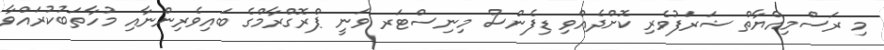
މި ރަސްމިއްޔާތް ޝަރަފުވެރި ކޮށްދެއްވި ޑިފެންސް މިނިސްޓަރ ވަނީ ޕްރޮގްރާމްގެ ބައިވެރިންނާއި މުހާތަބުކުރައްވާ